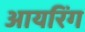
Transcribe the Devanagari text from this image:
आयरिंग